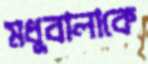
মধুবালাকে